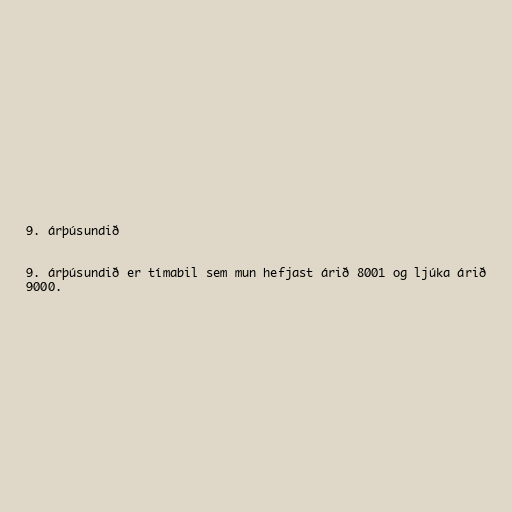
9. árþúsundið

9. árþúsundið er tímabil sem mun hefjast árið 8001 og ljúka árið
9000.